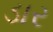
ડાર